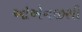
ઓએનજીસી